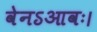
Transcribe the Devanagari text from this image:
वेनऽआवः।